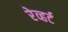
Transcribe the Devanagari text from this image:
रेव्हर्ट